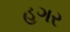
હગર